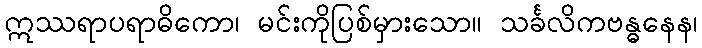
ဣဿရာပရာဓိကော၊ မင်းကိုပြစ်မှားသော။ သင်္ခလိကဗန္ဓနေန၊